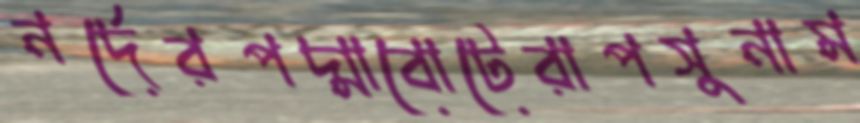
নর্দেরপদ্মাবোটেরাপসুনাম